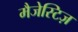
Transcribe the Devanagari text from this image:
मैजेस्टिज़